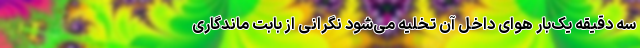
سه دقیقه یک‌بار هوای داخل آن تخلیه می‌شود نگرانی از بابت ماندگاری